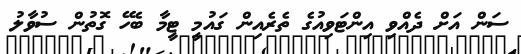
ސަން އަށް ދެއްވި އިންޓަވިއުގެ ތެރެއިން ގައުމީ ޓީމާ ބެހޭ ގޮތުން ސުވާލު